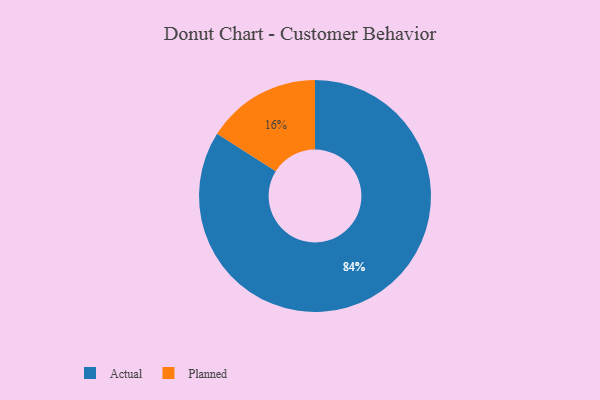
{"axis": {"x": "Category", "y": "Percentage"}, "legend": ["Actual", "Planned"], "data": [{"x": "Actual", "y": 84, "type": "Actual"}, {"x": "Planned", "y": 16, "type": "Planned"}]}